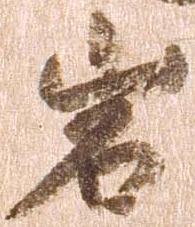
岩